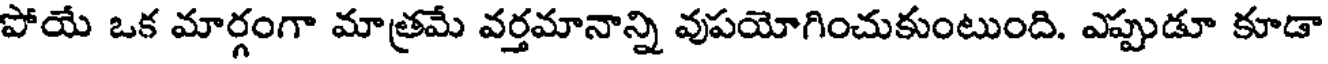
పోయే ఒక మార్గంగా మాత్రమే వర్తమానాన్ని వుపయోగించుకుంటుంది. ఎప్పుడూ కూడా